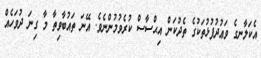
އެކަލާނގެ ވަޢުދުފުޅުތަކުގެ ތެދުކަން އިޙްސާސް ކުރެވުމުންނެވެ. އޭނަ ތައުބާވިތާ މާ ގިނަ ދުވަހެއް